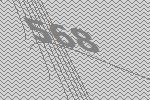
568